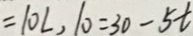
= 1 0 L , 1 0 = 3 0 - 5 t